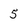
Character: 5